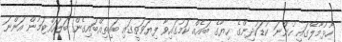
ހުޅުމާލޭގައި ހުންނަ ކުޑަކުދިންގެ ހިޔާގެ ބައެއް ކަމުގައިވާ ފިޔަވަތީގައި ބައިތިއްބައިގެން ބަލަހައްޓަމުން އަންނަ